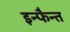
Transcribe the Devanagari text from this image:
इन्फैन्त